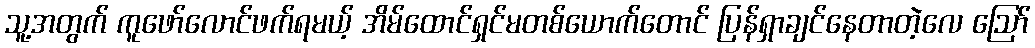
သူ့အတွက် ကူဖော်လောင်ဖက်ရမယ့် အိမ်ထောင်ရှင်မတစ်ယောက်တောင် ပြန်ရှာချင်နေတာတဲ့လေ ဪ